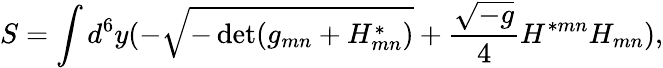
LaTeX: S=\int d^{6}y(-\sqrt{-\operatorname*{det}(g_{mn}+{H}_{mn}^{*})}+{\frac{\sqrt{-g}}{4}}H^{*mn}H_{mn}),